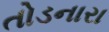
તોડનારા